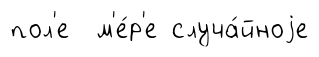
пол'е м'е́р'е случа́йноjе